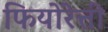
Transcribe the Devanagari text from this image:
फियोरेत्ती